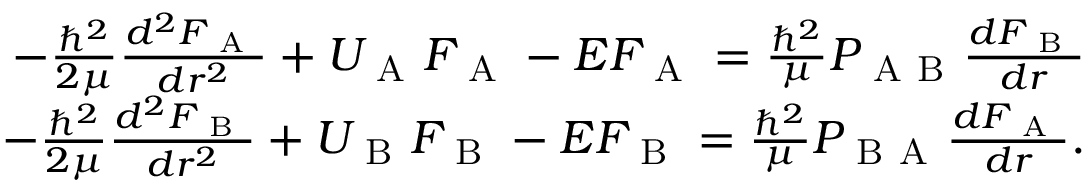
\begin{array} { r } { - \frac { \hbar ^ { 2 } } { 2 \mu } \frac { d ^ { 2 } F _ { \mathrm { ~ A ~ } } } { d r ^ { 2 } } + U _ { \mathrm { ~ A ~ } } F _ { \mathrm { ~ A ~ } } - E F _ { \mathrm { ~ A ~ } } = \frac { \hbar ^ { 2 } } { \mu } P _ { \mathrm { ~ A ~ B ~ } } \frac { d F _ { \mathrm { ~ B ~ } } } { d r } } \\ { - \frac { \hbar ^ { 2 } } { 2 \mu } \frac { d ^ { 2 } F _ { \mathrm { ~ B ~ } } } { d r ^ { 2 } } + U _ { \mathrm { ~ B ~ } } F _ { \mathrm { ~ B ~ } } - E F _ { \mathrm { ~ B ~ } } = \frac { \hbar ^ { 2 } } { \mu } P _ { \mathrm { ~ B ~ A ~ } } \frac { d F _ { \mathrm { ~ A ~ } } } { d r } . } \end{array}